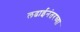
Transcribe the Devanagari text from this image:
लढाईनंतरच्या